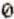
0